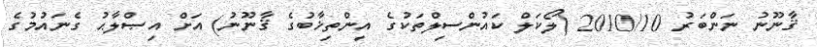
ޤާނޫނު ނަންބަރު 2010/10 (ލޯކަލް ކައުންސިލްތަކުގެ އިންތިޚާބުގެ ޤާނޫނު) އަށް އިޞްލާޙު ގެނައުމުގެ